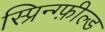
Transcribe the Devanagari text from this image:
स्प्रिन्ग्फ़ील्ड